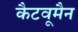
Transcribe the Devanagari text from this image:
कैटवूमैन